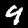
Digit: 9